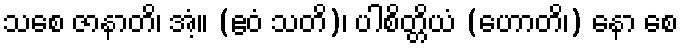
သစေ ဇာနာတိ၊ အံ့။ (ဧဝံ သတိ)၊ ပါစိတ္တိယံ (ဟောတိ၊) နော စေ